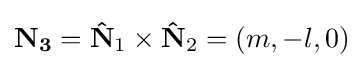
\mathbf {N_{3}} =\mathbf {\hat {N}} _{1}\times \mathbf {\hat {N}} _{2}=(m,-l,0)